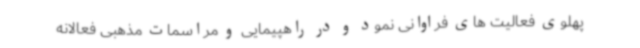
پهلوی فعالیت های فراوانی نمود و در راهپیمایی و مراسمات مذهبی فعالانه